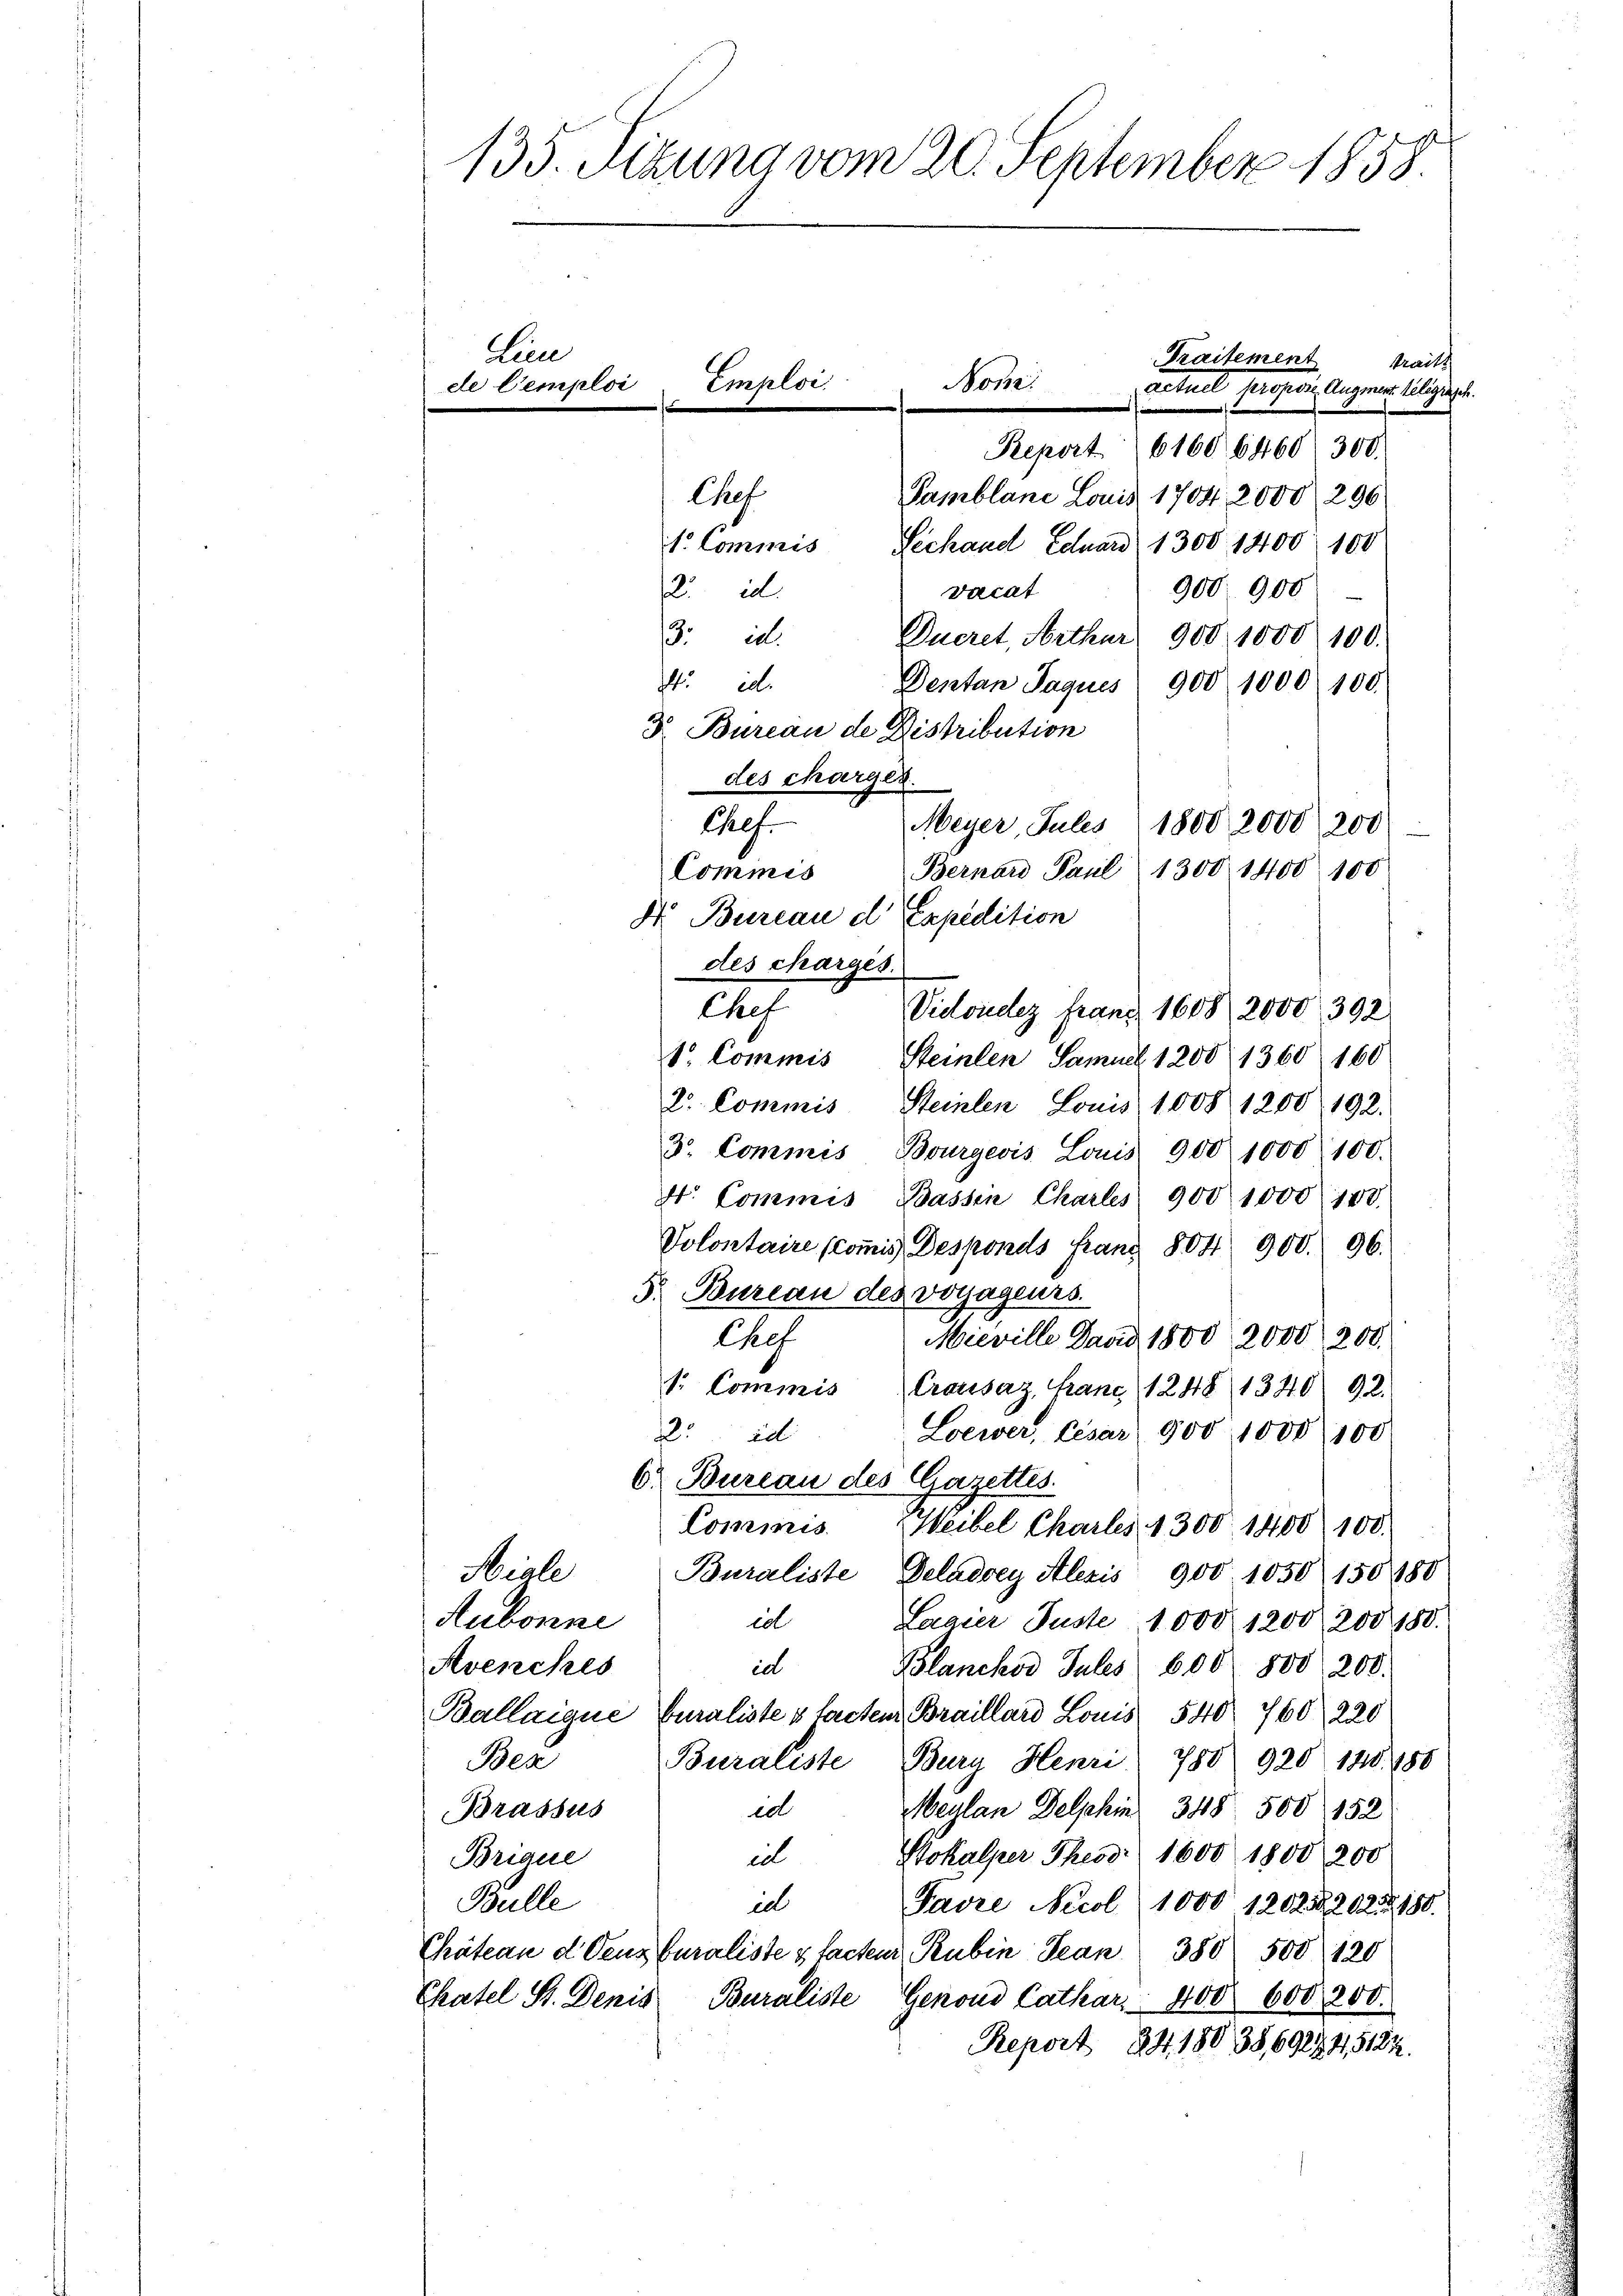
135. Sizung vom 20. September 1858.

Praitement
Sraitt
actuel Propos. August tilisiere
Report (61606460 (300.
Chef
Samblane Louis 1704. 2000 296
1. Commis Sechand Eduard 1300 1400 100
2. d.
900. 900
Dacat
Dueret, Arthur 900, 1000 100.
8. ist.
24. d.
Dentan Jaquis 900 1000 100.
3. Bureau de Distribution
des charges.
Chef.
Meyer, Jules 1800, 2000, 200
Bernard Paul 1300 1400 100
Commis
F. Bureau d Expedition
des charges.
Chef
Vidoudez franz 1608, 2000 392
1. Commis, Steinlen Samuel 1200 1360 160
2. Commis, Steinlen Louis 1008 1200. 192.
3. Commis Bourgeois Louis 900 1000 100.
4t. Commis, Bassen Charlis 900 1000 108.
Volontaire commis Desponds Franz 804 900. 96.
5. Bureau des voyageurs.
Mieville David 1800, 2000, 200.
Chef
1. Commis (Crousaz, Franc 1248 1340) 92.
Loewer, Cesar 900 1000/100.
25 d
6. Bureau des Gazettes.
Commis. Weibel Charles 1300. 1400) 100.
Hiale Buraliste Deladrey Alexis 900 1050 150180
Aubonne
icl
Laaier Juste 1000. 1200, 200 150.
id
Avenches
Blanchor Jubes 600 800 200.
Ballaigue Curaliste & tachten Braillard Louis 540 760, 220
Bea
788 920 120. 188
Bury Henri
Buraliste
ed
Brassus
Meulan Delphi 348. 500 152
Kokalper These 1600 1803 200
Brigue
in
Bulle
il
Favre Nicol 1000 1202. 20255 180.
Chateau d. dens Curaliste & facten Rubin Jean 380 500 120
Chatel St. Denis Buraliste Genons Cathar. 400 600 200.
Report 24. 18038,69234,5182.

Lein
Emploi
de Cemploi
x

Non